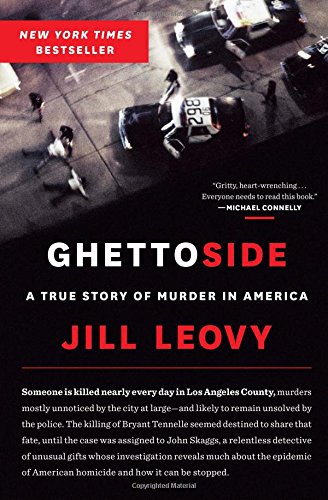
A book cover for Ghettoside: A True Story of Murder in America; Jill Leovy; Law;